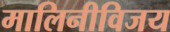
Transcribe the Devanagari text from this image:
मालिनीविजय